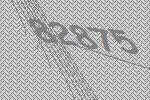
82875